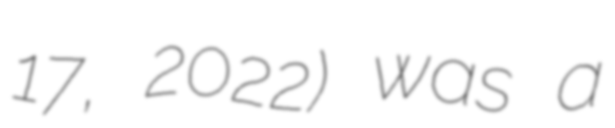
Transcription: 17, 2022) was a